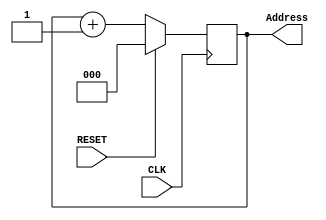
module address_generator(RESET, CLK, Address);
	input RESET;
	input CLK;

	output [2:0] Address;
	
	reg [2:0] Address;
	always @(posedge CLK) begin
		if(RESET) begin
			Address<=3'b0;
		end
		else begin
			Address<= Address + 3'b1;
		end	
	end

endmodule